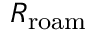
R _ { \mathrm { r o a m } }